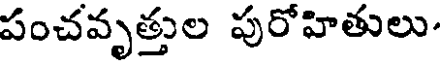
పంచవృత్తుల పురోహితులు